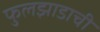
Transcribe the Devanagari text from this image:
फुलझाडाची